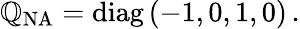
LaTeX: \mathbb{Q}_{\mathrm{{NA}}}=\mathrm{{diag}}\, (-1,0,1,0)\, .